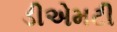
ડીએમટી